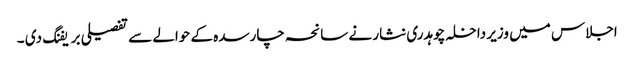
اجلاس میں وزیر داخلہ چوہدری نثار نے سانحہ چارسدہ کے حوالے سے تفصیلی بریفنگ دی ۔